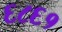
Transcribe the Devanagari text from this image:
६८६१